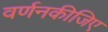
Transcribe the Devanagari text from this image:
वर्णनकीजिए